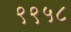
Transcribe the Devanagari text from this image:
९९५८